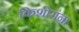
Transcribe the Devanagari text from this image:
किशोरांना